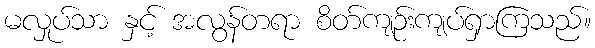
မလှုပ်သာ နှင့် အလွန်တရာ စိတ်ကျဉ်းကျပ်ရှာကြသည်။